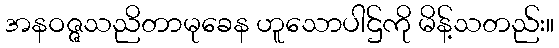
အနဝဇ္ဇသညိတာမုခေန ဟူသောပါဌ်ကို မိန့်သတည်း။